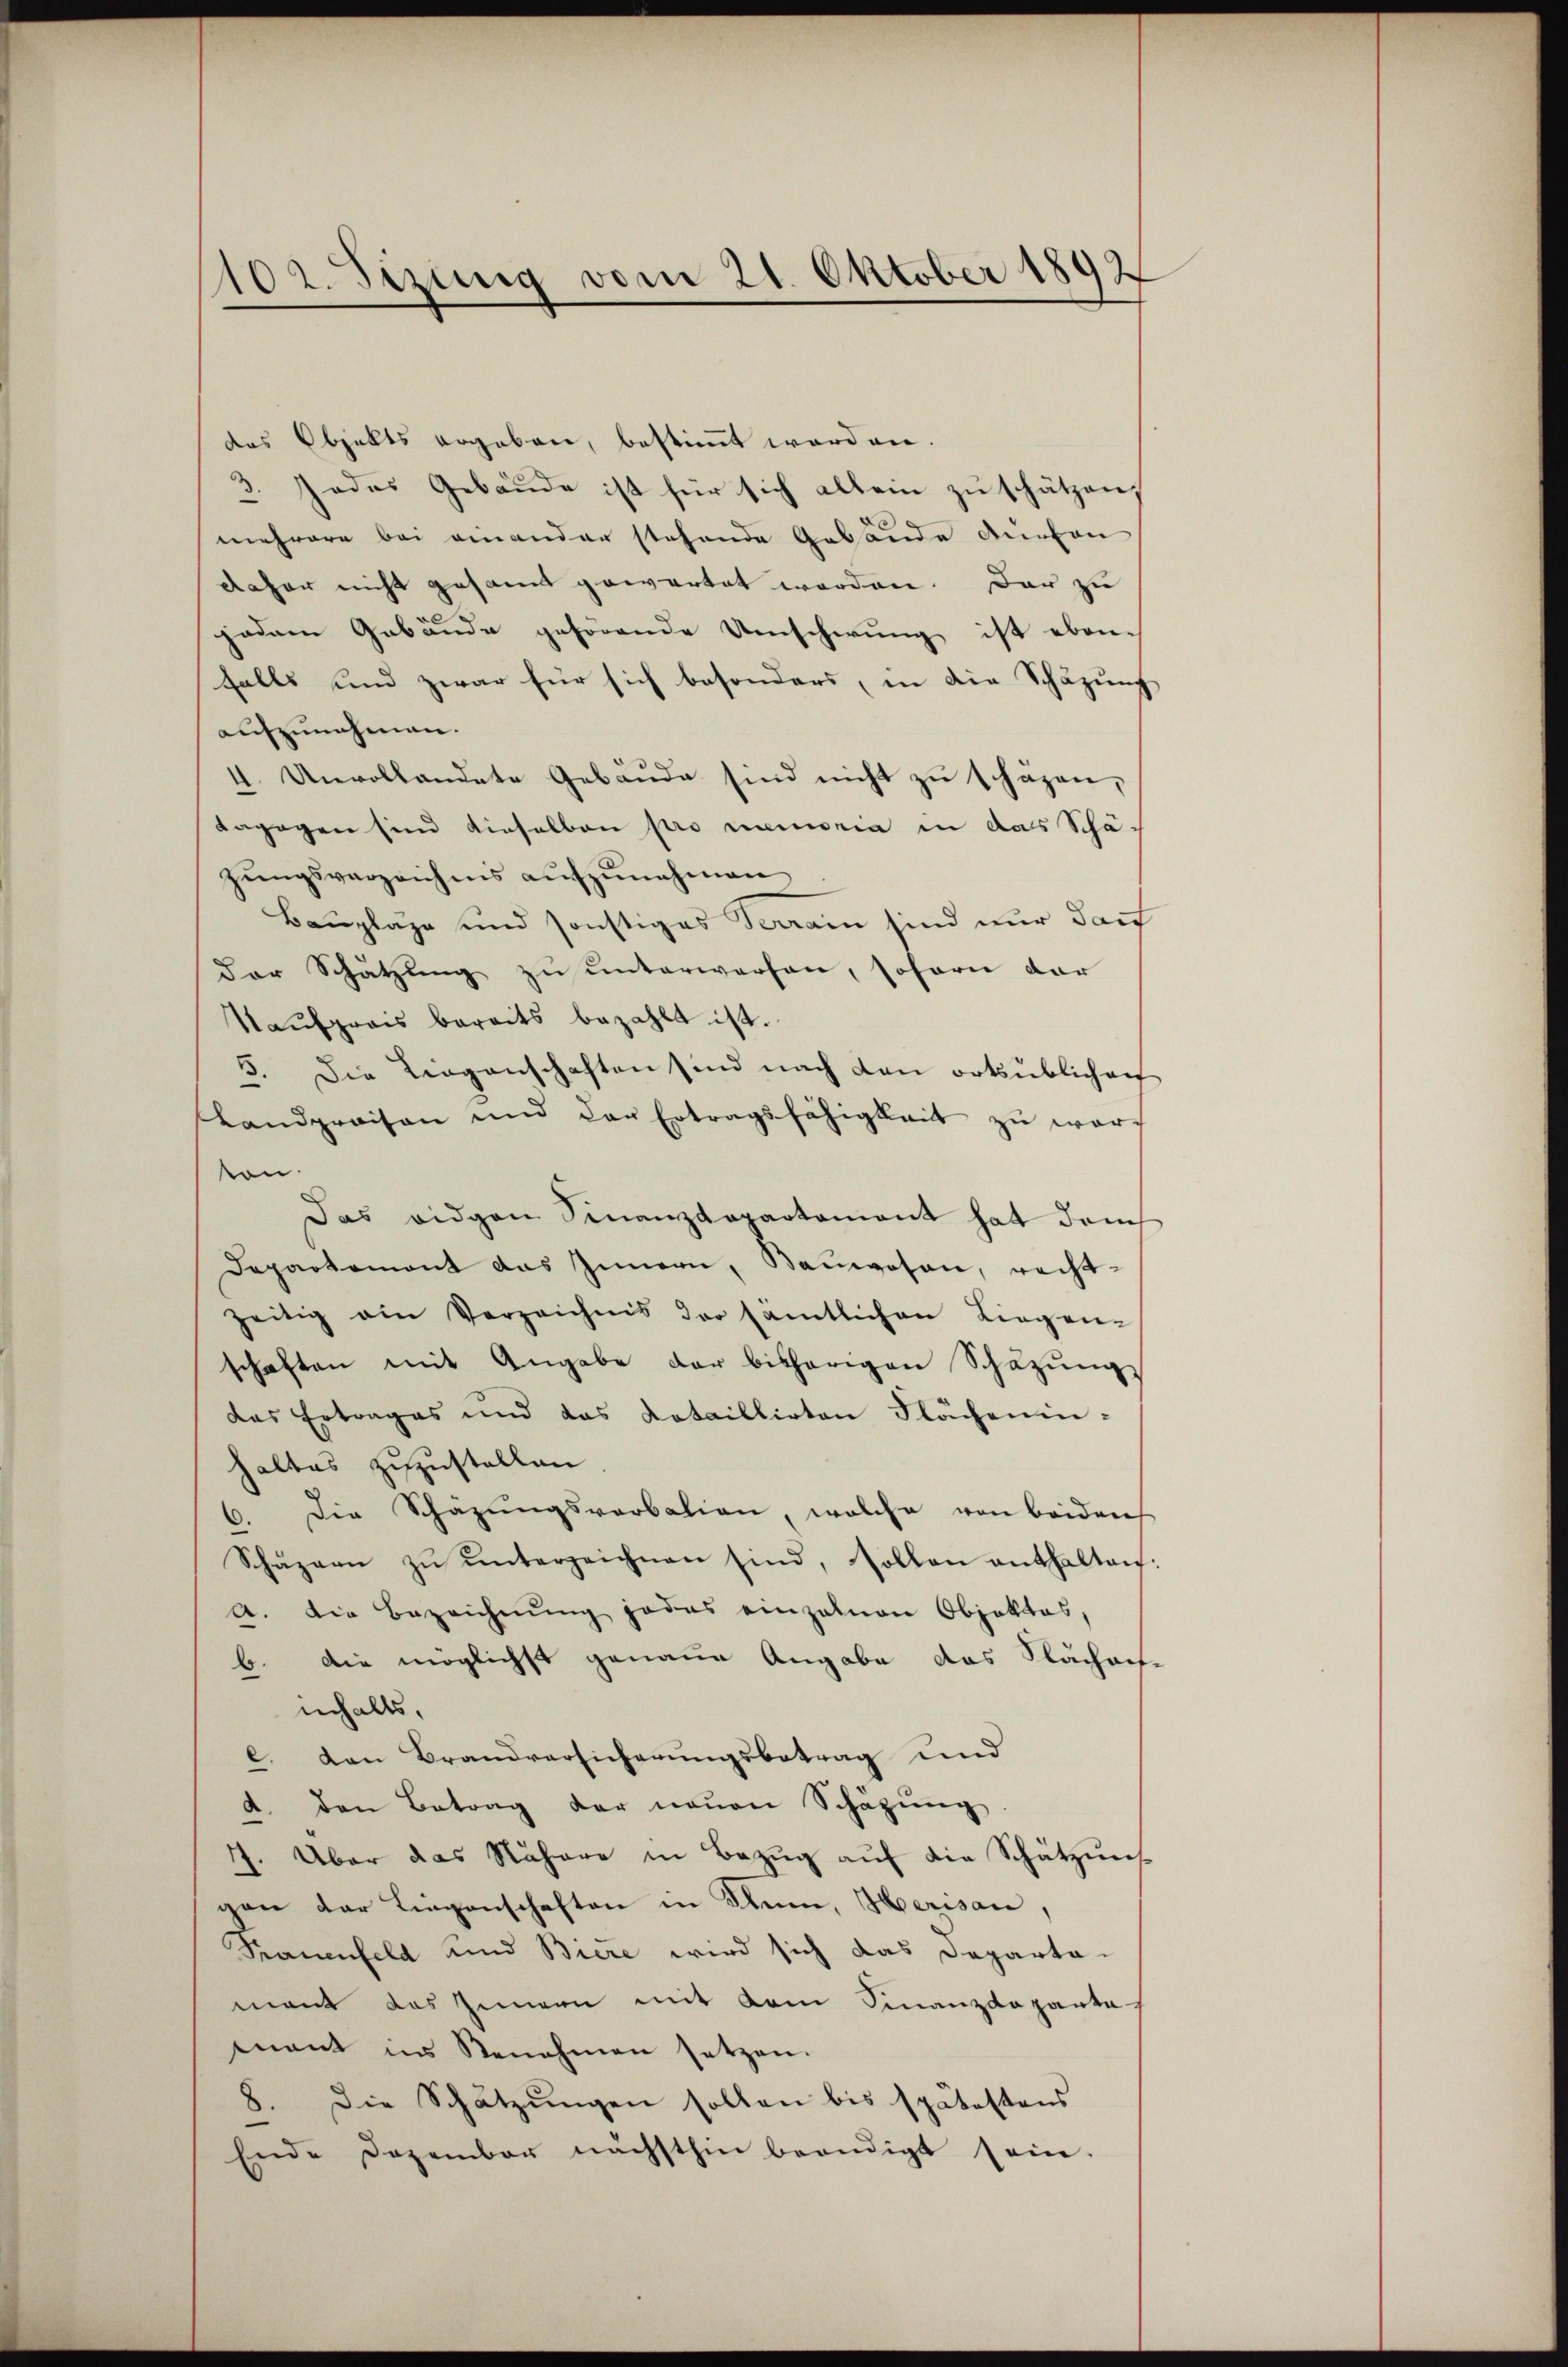
102. Sizung vom 21. Oktober 1892

das Objekts ergeben, bestimmt werden.
3. Jedes Gebäude ist für sich allein zu schätzen,
mehrere bei einander stehende Gebäude darvon |
daher nicht gesamt gewartet worden. Das zu
jedem Gebäude gehörende Umscherung ist eben-
falls und zwar für sich besonders, in die Schazung
aufzunehmen.
4. Unvollandete Gebäŭde sind nicht zu schäzen,
dagogen sind dieselben pro memoria in das Schäzungsverzeichnis aufzunehmen
Bauplaze und sonstiges Terrain sind nur darf
der Schätzung zu unterworfen, sofern dar
Kaufpreis bereits bezahlt ist.
5. Die Liegenschaften sind nach den ortsüblichen
Landpraison und der Ertragsfähigkeit zŭ warf
ton.
Das eidgen Finanzdepartament hat dem
Departement das Innern, Baŭwesen, recht-
zeitig am Verzeichnis der sämtlichen Liegen-
schaften mit Angabe der bisherigen Schäzŭngs
das Ertrages und das Lotaillirten Flächenin-
haltes zuzustellen.
2. Die Schäzŭngsverbalion, welche von beiden
Schäzern zŭ ŭnterzeichnen sind, sollen enthalten:
a. Die Bezeichnŭng jedes einzelnen Objektes,
b. die möglichst genaue Angabe das Flächens
innhalts,
l. den Brandversicherungsbetrag und
A. den Betrag der neuen Schazung
77. Über das Nähere in Bezug auf die Schätzung
gen der Liegenschaften in Klein, Herisau,
Frauenfeld und Biere wird sich das Departa-
mant das Innern mit dem Finanzdeparkas
mant ins Benehmen setzen.
8. Die Schätzungen sollen bis spätestens
Ende Dezember nächsthin beendigt sein.